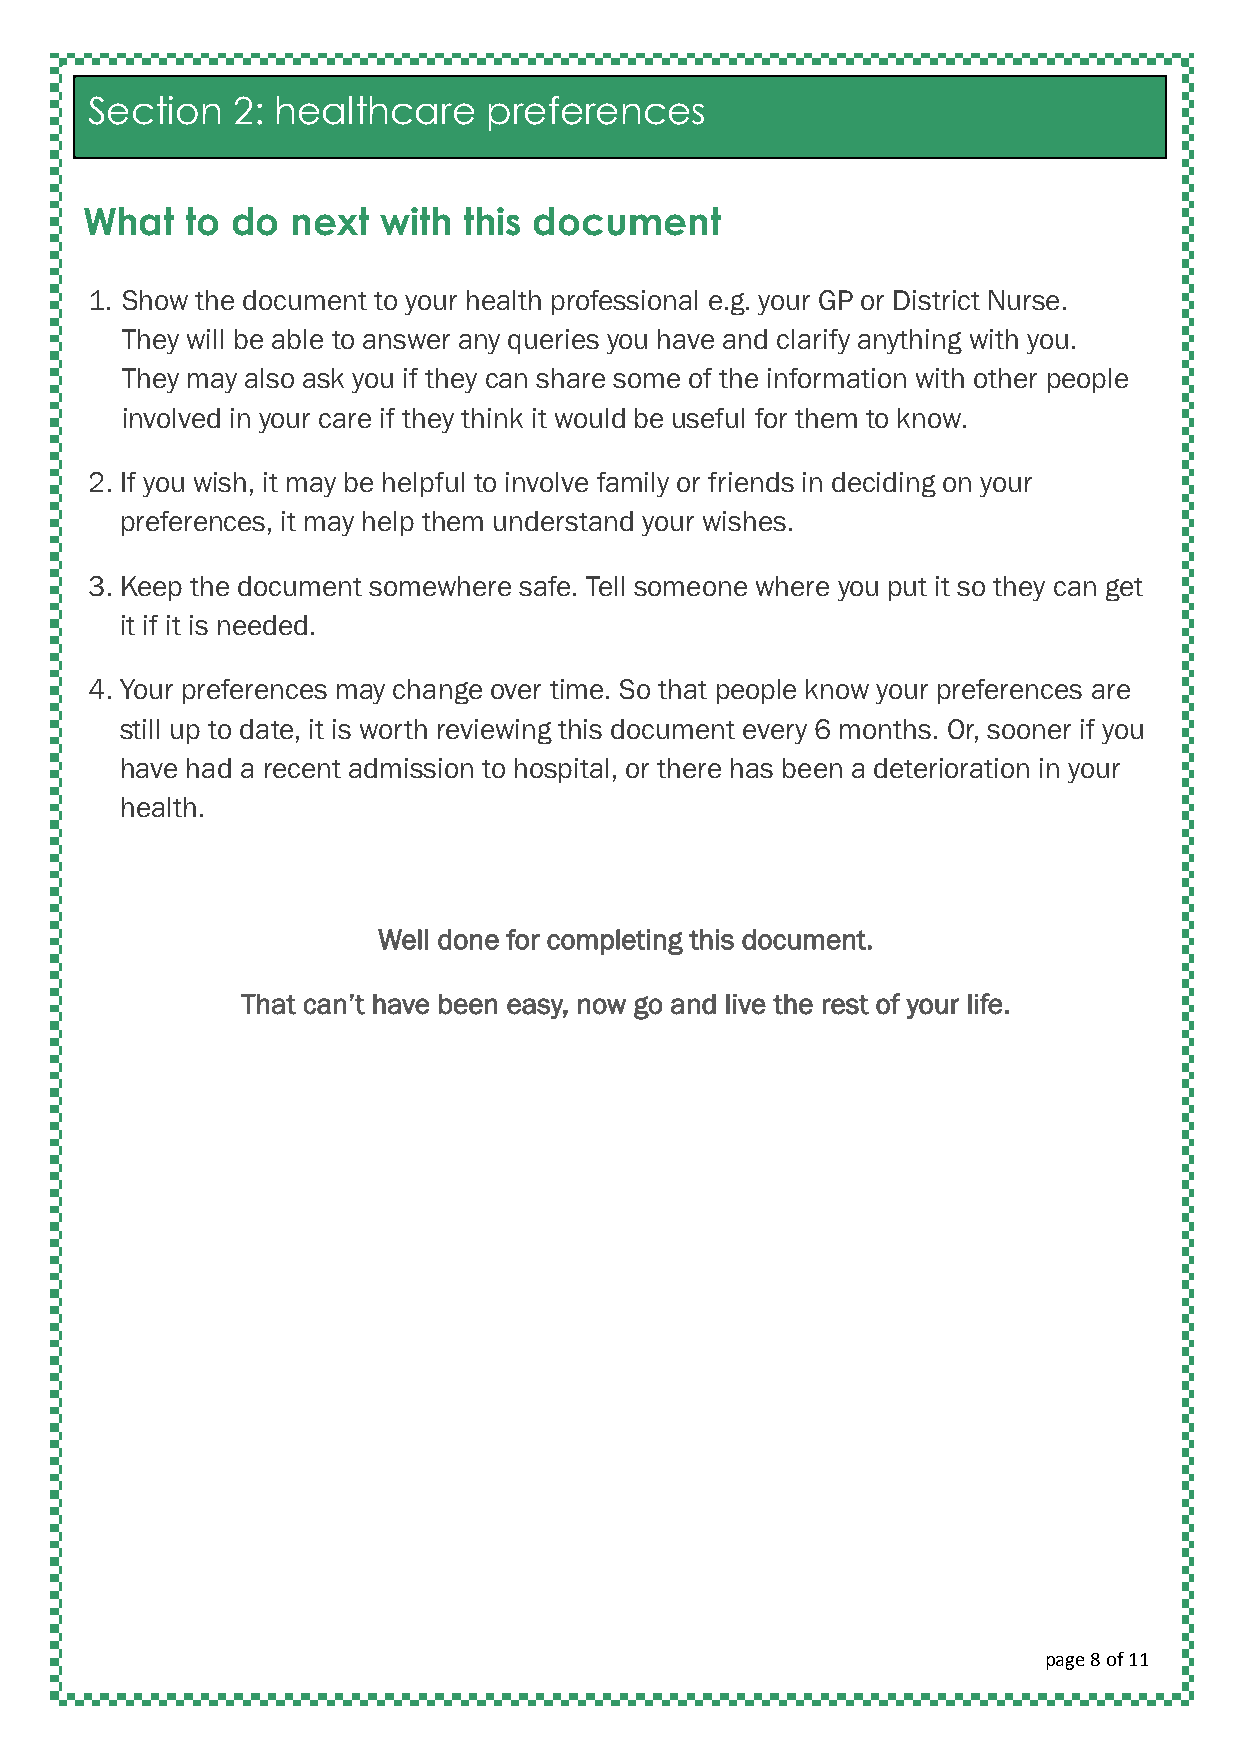
Section  2: healthcare    preferences
 What   to do  next  with  this document
 1. Show the document to your health professional e.g. your GP or District Nurse.
 They will be able to answer any queries you have and clarify anything with you.
 They may also ask you if they can share some of the information with other people
 involved in your care if they think it would be useful for them to know.
 2. If you wish, it may be helpful to involve family or friends in deciding on your
 preferences, it may help them understand your wishes.
 3. Keep the document somewhere safe. Tell someone where you put it so they can get
 it if it is needed.
 4. Your preferences may change over time. So that people know your preferences are
 still up to date, it is worth reviewing this document every 6 months. Or, sooner if you
 have had a recent admission to hospital, or there has been a deterioration in your
 health.
 Well done for completing this document.
 That can’t have been easy, now go and live the rest of your life.
 page 8 of 11